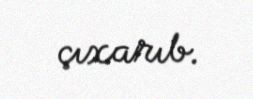
çıxarıb.